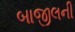
બાજીલની